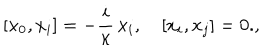
LaTeX: [ x _ { 0 } , x _ { i } ] = - \frac { i } { \kappa } \, x _ { i } , \quad [ x _ { i } , x _ { j } ] = 0 . ,